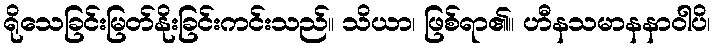
ရိုသေခြင်းမြတ်နိုးခြင်းကင်းသည်။ သိယာ၊ ဖြစ်ရာ၏။ ဟီနသမာနနာဝါပိ၊